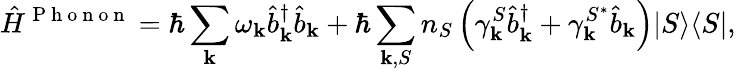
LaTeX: \hat{H}^{\mathrm{~P~h~o~n~o~n~}}=\hbar\sum_{\mathbf{k}}\omega_{\mathbf{k}}\hat{b}_{\mathbf{k}}^{\dagger}\hat{b}_{\mathbf{k}}+\hbar\sum_{{\mathbf{k}},S}n_{S}\left(\gamma_{\mathbf{k}}^{S}\hat{b}_{\mathbf{k}}^{\dagger}+\gamma_{\mathbf{k}}^{S^{*}}\hat{b}_{\mathbf{k}}\right)\vert S\rangle\langle S\vert,